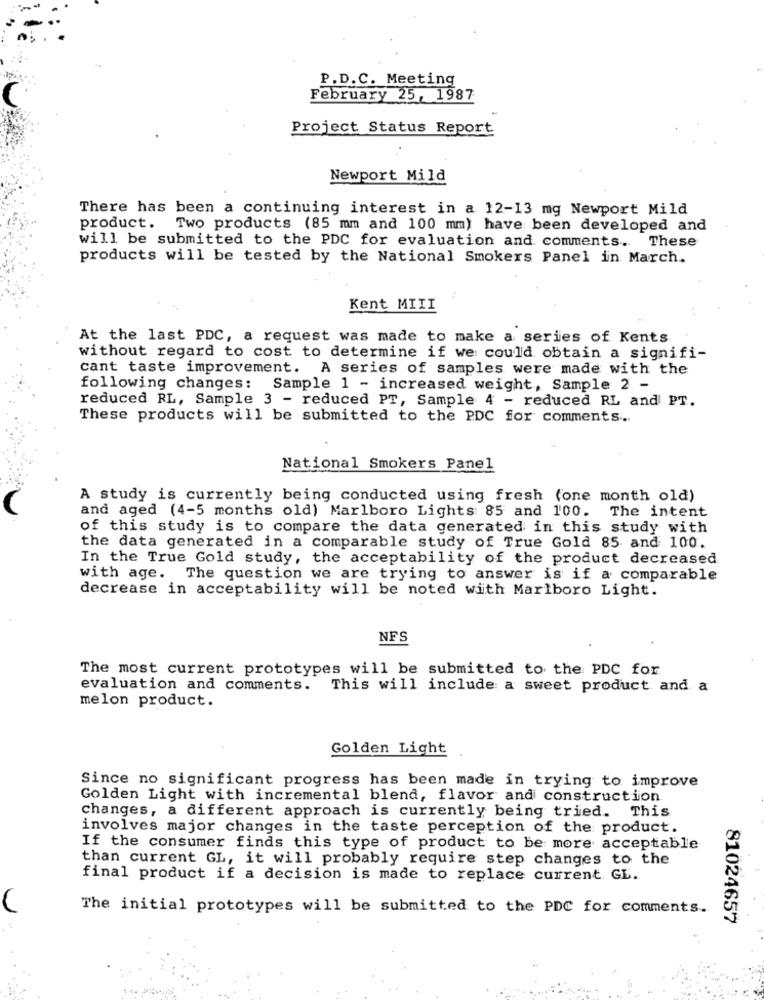
P.D.C. Meeting
February 25, 1987
Project Status Report
Newport Mild
There has been a continuing interest in a 12-13 mg Newport Mild
product. Two products (85 mm and 100 mm) have been developed and
These
will be submitted to the PDC for evaluation and comments.
products will be tested by the National Smokers Panel in March.
Kent MIII
At the last PDC, a request was made to make a series of Kents
without regard to cost to determine if we could obtain a signifi-
cant taste improvement. A series of samples were made with the
following changes: Sample 1 - increased weight, Sample 2 -
reduced RL, Sample 3 - reduced PT, Sample 4 - reduced RL and PT.
These products will be submitted to the PDC for comments ...
National Smokers Panel
A study is currently being conducted using fresh (one month old)
and aged (4-5 months old) Marlboro Lights 85 and 100. The intent
of this study is to compare the data generated in this study with
the data generated in a comparable study of True Gold 85 and 100.
In the True Gold study, the acceptability of the product decreased
with age. The question we are trying to answer is if a comparable
decrease in acceptability will be noted with Marlboro Light.
NFS
The most current prototypes will be submitted to the PDC for
evaluation and comments. This will include a sweet product and a
melon product.
Golden Light
Since no significant progress has been made in trying to improve
Golden Light with incremental blend, flavor and construction.
changes, a different approach is currently being tried. This
involves major changes in the taste perception of the product.
If the consumer finds this type of product to be more acceptable
than current GL, it will probably require step changes to the
final product if a decision is made to replace current GL.
The initial prototypes will be submitted to the PDC for comments.
81024657